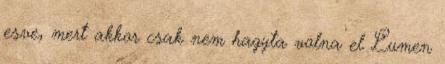
esve, mert akkor csak nem hagyta volna el Lumen